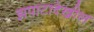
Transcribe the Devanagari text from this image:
झपाटादेखील